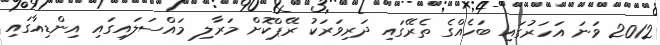
2012 ވަނަ އަހަރުގައި ބަހެއްގެ ތެރޭގައި ދަރިވަރަކު ރޭޕްކޮށް މަރާލި މައްސަލައިގައި އިންޑިއާގައި